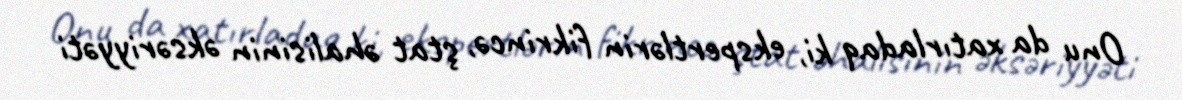
Onu da xatırladaq ki, ekspertlərin fikrincə, ştat əhalisinin əksəriyyəti